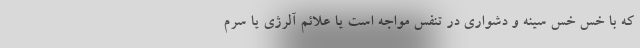
که با خس خس سینه و دشواری در تنفس مواجه است یا علائم آلرژی یا سرم